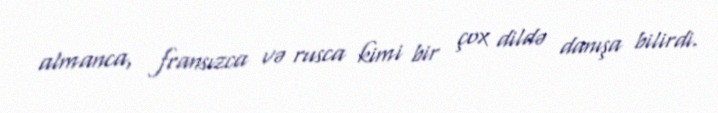
almanca, fransızca və rusca kimi bir çox dildə danışa bilirdi.